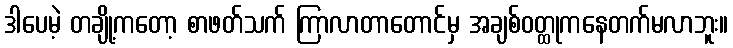
ဒါပေမဲ့ တချို့ကတော့ စာဖတ်သက် ကြာလာတာတောင်မှ အချစ်ဝတ္ထုကနေတက်မလာဘူး။